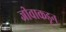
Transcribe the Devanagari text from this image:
जीवाकडून